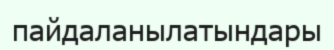
пайдаланылатындары